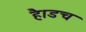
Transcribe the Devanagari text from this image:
है।डच